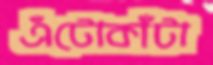
এঁটোকাঁটা